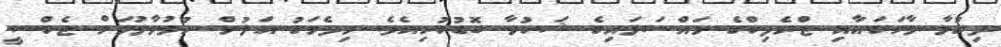
ދިގުވާ ވާހަކައާއި ޓްރެފިކްގެ މައްސަލައިގެ ޝަކުވާ ބޮޑުކުރިއެވެ. މިދެމަގު އަލުން ހުޅުވާލުމަށް ޓެކްސީ